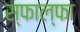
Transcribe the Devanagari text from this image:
स्फाल्फा